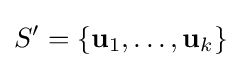
S'=\{\mathbf {u} _{1},\ldots ,\mathbf {u} _{k}\}